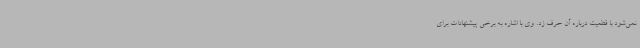
نمی‌شود با قطعیت درباره آن حرف زد. وی با اشاره به برخی پیشنهادات برای